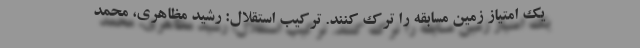
یک امتیاز زمین مسابقه را ترک کنند. ترکیب استقلال: رشید مظاهری، محمد